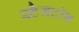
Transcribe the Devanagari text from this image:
स्टैनटॉन